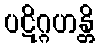
ပဋိဂ္ဂဟန္တိ